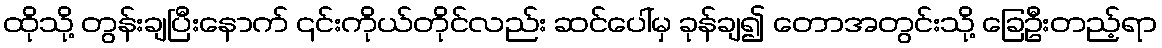
ထိုသို့ တွန်းချပြီးနောက် ၎င်းကိုယ်တိုင်လည်း ဆင်ပေါ်မှ ခုန်ချ၍ တောအတွင်းသို့ ခြေဦးတည့်ရာ